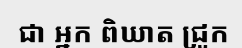
ជា អ្នក ពិឃាត ជ្រូក